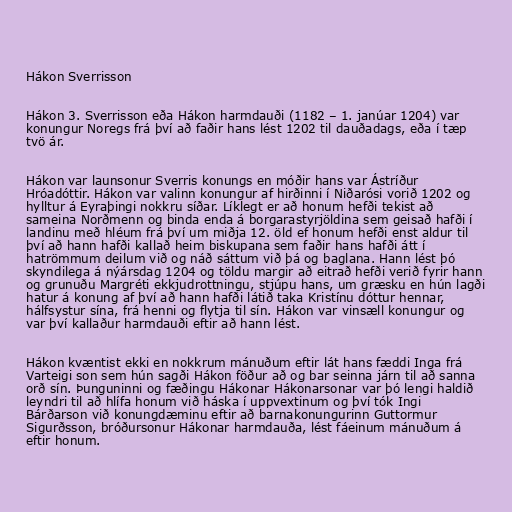
Hákon Sverrisson

Hákon 3. Sverrisson eða Hákon harmdauði (1182 – 1. janúar 1204) var
konungur Noregs frá því að faðir hans lést 1202 til dauðadags, eða í tæp
tvö ár.

Hákon var launsonur Sverris konungs en móðir hans var Ástríður
Hróadóttir. Hákon var valinn konungur af hirðinni í Niðarósi vorið 1202 og
hylltur á Eyraþingi nokkru síðar. Líklegt er að honum hefði tekist að
sameina Norðmenn og binda enda á borgarastyrjöldina sem geisað hafði í
landinu með hléum frá því um miðja 12. öld ef honum hefði enst aldur til
því að hann hafði kallað heim biskupana sem faðir hans hafði átt í
hatrömmum deilum við og náð sáttum við þá og baglana. Hann lést þó
skyndilega á nýársdag 1204 og töldu margir að eitrað hefði verið fyrir hann
og grunuðu Margréti ekkjudrottningu, stjúpu hans, um græsku en hún lagði
hatur á konung af því að hann hafði látið taka Kristínu dóttur hennar,
hálfsystur sína, frá henni og flytja til sín. Hákon var vinsæll konungur og
var því kallaður harmdauði eftir að hann lést.

Hákon kvæntist ekki en nokkrum mánuðum eftir lát hans fæddi Inga frá
Varteigi son sem hún sagði Hákon föður að og bar seinna járn til að sanna
orð sín. Þunguninni og fæðingu Hákonar Hákonarsonar var þó lengi haldið
leyndri til að hlífa honum við háska í uppvextinum og því tók Ingi
Bárðarson við konungdæminu eftir að barnakonungurinn Guttormur
Sigurðsson, bróðursonur Hákonar harmdauða, lést fáeinum mánuðum á
eftir honum.